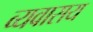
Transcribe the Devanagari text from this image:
व्यवासय